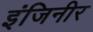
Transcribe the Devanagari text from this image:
इंजिनीर